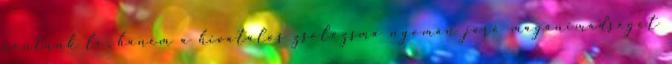
rontunk le, hanem a hivatalos zsolozsma nyomán járó magánimádságot